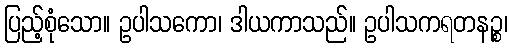
ပြည့်စုံသော။ ဥပါသကော၊ ဒါယကာသည်။ ဥပါသကရတနဉ္စ၊